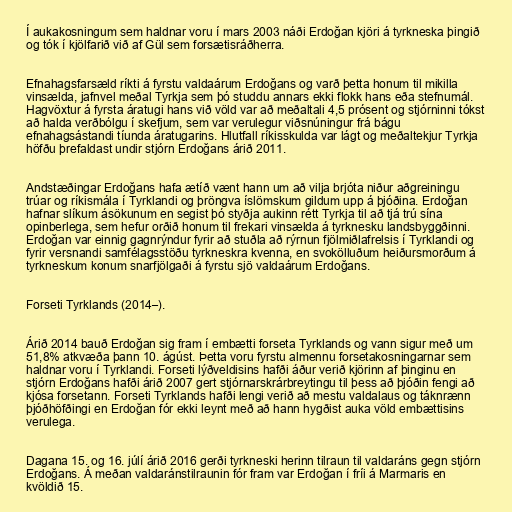
Í aukakosningum sem haldnar voru í mars 2003 náði Erdoğan kjöri á tyrkneska þingið
og tók í kjölfarið við af Gül sem forsætisráðherra.

Efnahagsfarsæld ríkti á fyrstu valdaárum Erdoğans og varð þetta honum til mikilla
vinsælda, jafnvel meðal Tyrkja sem þó studdu annars ekki flokk hans eða stefnumál.
Hagvöxtur á fyrsta áratugi hans við völd var að meðaltali 4,5 prósent og stjórninni tókst
að halda verðbólgu í skefjum, sem var verulegur viðsnúningur frá bágu
efnahagsástandi tíunda áratugarins. Hlutfall ríkisskulda var lágt og meðaltekjur Tyrkja
höfðu þrefaldast undir stjórn Erdoğans árið 2011.

Andstæðingar Erdoğans hafa ætíð vænt hann um að vilja brjóta niður aðgreiningu
trúar og ríkismála í Tyrklandi og þröngva íslömskum gildum upp á þjóðina. Erdoğan
hafnar slíkum ásökunum en segist þó styðja aukinn rétt Tyrkja til að tjá trú sína
opinberlega, sem hefur orðið honum til frekari vinsælda á tyrknesku landsbyggðinni.
Erdoğan var einnig gagnrýndur fyrir að stuðla að rýrnun fjölmiðlafrelsis í Tyrklandi og
fyrir versnandi samfélagsstöðu tyrkneskra kvenna, en svokölluðum heiðursmorðum á
tyrkneskum konum snarfjölgaði á fyrstu sjö valdaárum Erdoğans.

Forseti Tyrklands (2014–).

Árið 2014 bauð Erdoğan sig fram í embætti forseta Tyrklands og vann sigur með um
51,8% atkvæða þann 10. ágúst. Þetta voru fyrstu almennu forsetakosningarnar sem
haldnar voru í Tyrklandi. Forseti lýðveldisins hafði áður verið kjörinn af þinginu en
stjórn Erdoğans hafði árið 2007 gert stjórnarskrárbreytingu til þess að þjóðin fengi að
kjósa forsetann. Forseti Tyrklands hafði lengi verið að mestu valdalaus og táknrænn
þjóðhöfðingi en Erdoğan fór ekki leynt með að hann hygðist auka völd embættisins
verulega.

Dagana 15. og 16. júlí árið 2016 gerði tyrkneski herinn tilraun til valdaráns gegn stjórn
Erdoğans. Á meðan valdaránstilraunin fór fram var Erdoğan í fríi á Marmaris en
kvöldið 15.